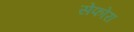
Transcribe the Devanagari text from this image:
सेफोरा